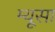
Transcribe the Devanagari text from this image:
म्यूसा